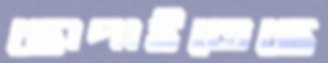
ছোপাইতেছে